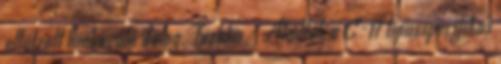
eltúlzott hiábavaló dolog. Tushka - Átadták a C-17 típusspecifikus